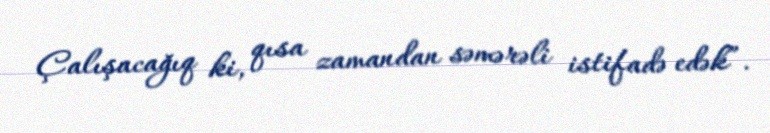
Çalışacağıq ki, qısa zamandan səmərəli istifadə edək”.